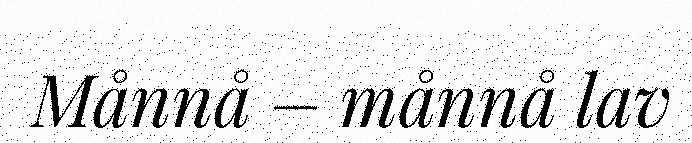
Månnå – månnå lav